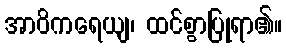
အာဝိကရေယျ၊ ထင်စွာပြုရာ၏။